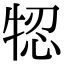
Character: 㸾